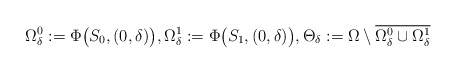
\begin{align*}\Omega^0_\delta:=\Phi\big(S_0,(0,\delta)\big),\Omega^1_\delta:=\Phi\big(S_1,(0,\delta)\big),\Theta_\delta:=\Omega\setminus \overline{\Omega^0_\delta\cup \Omega^1_\delta}\end{align*}